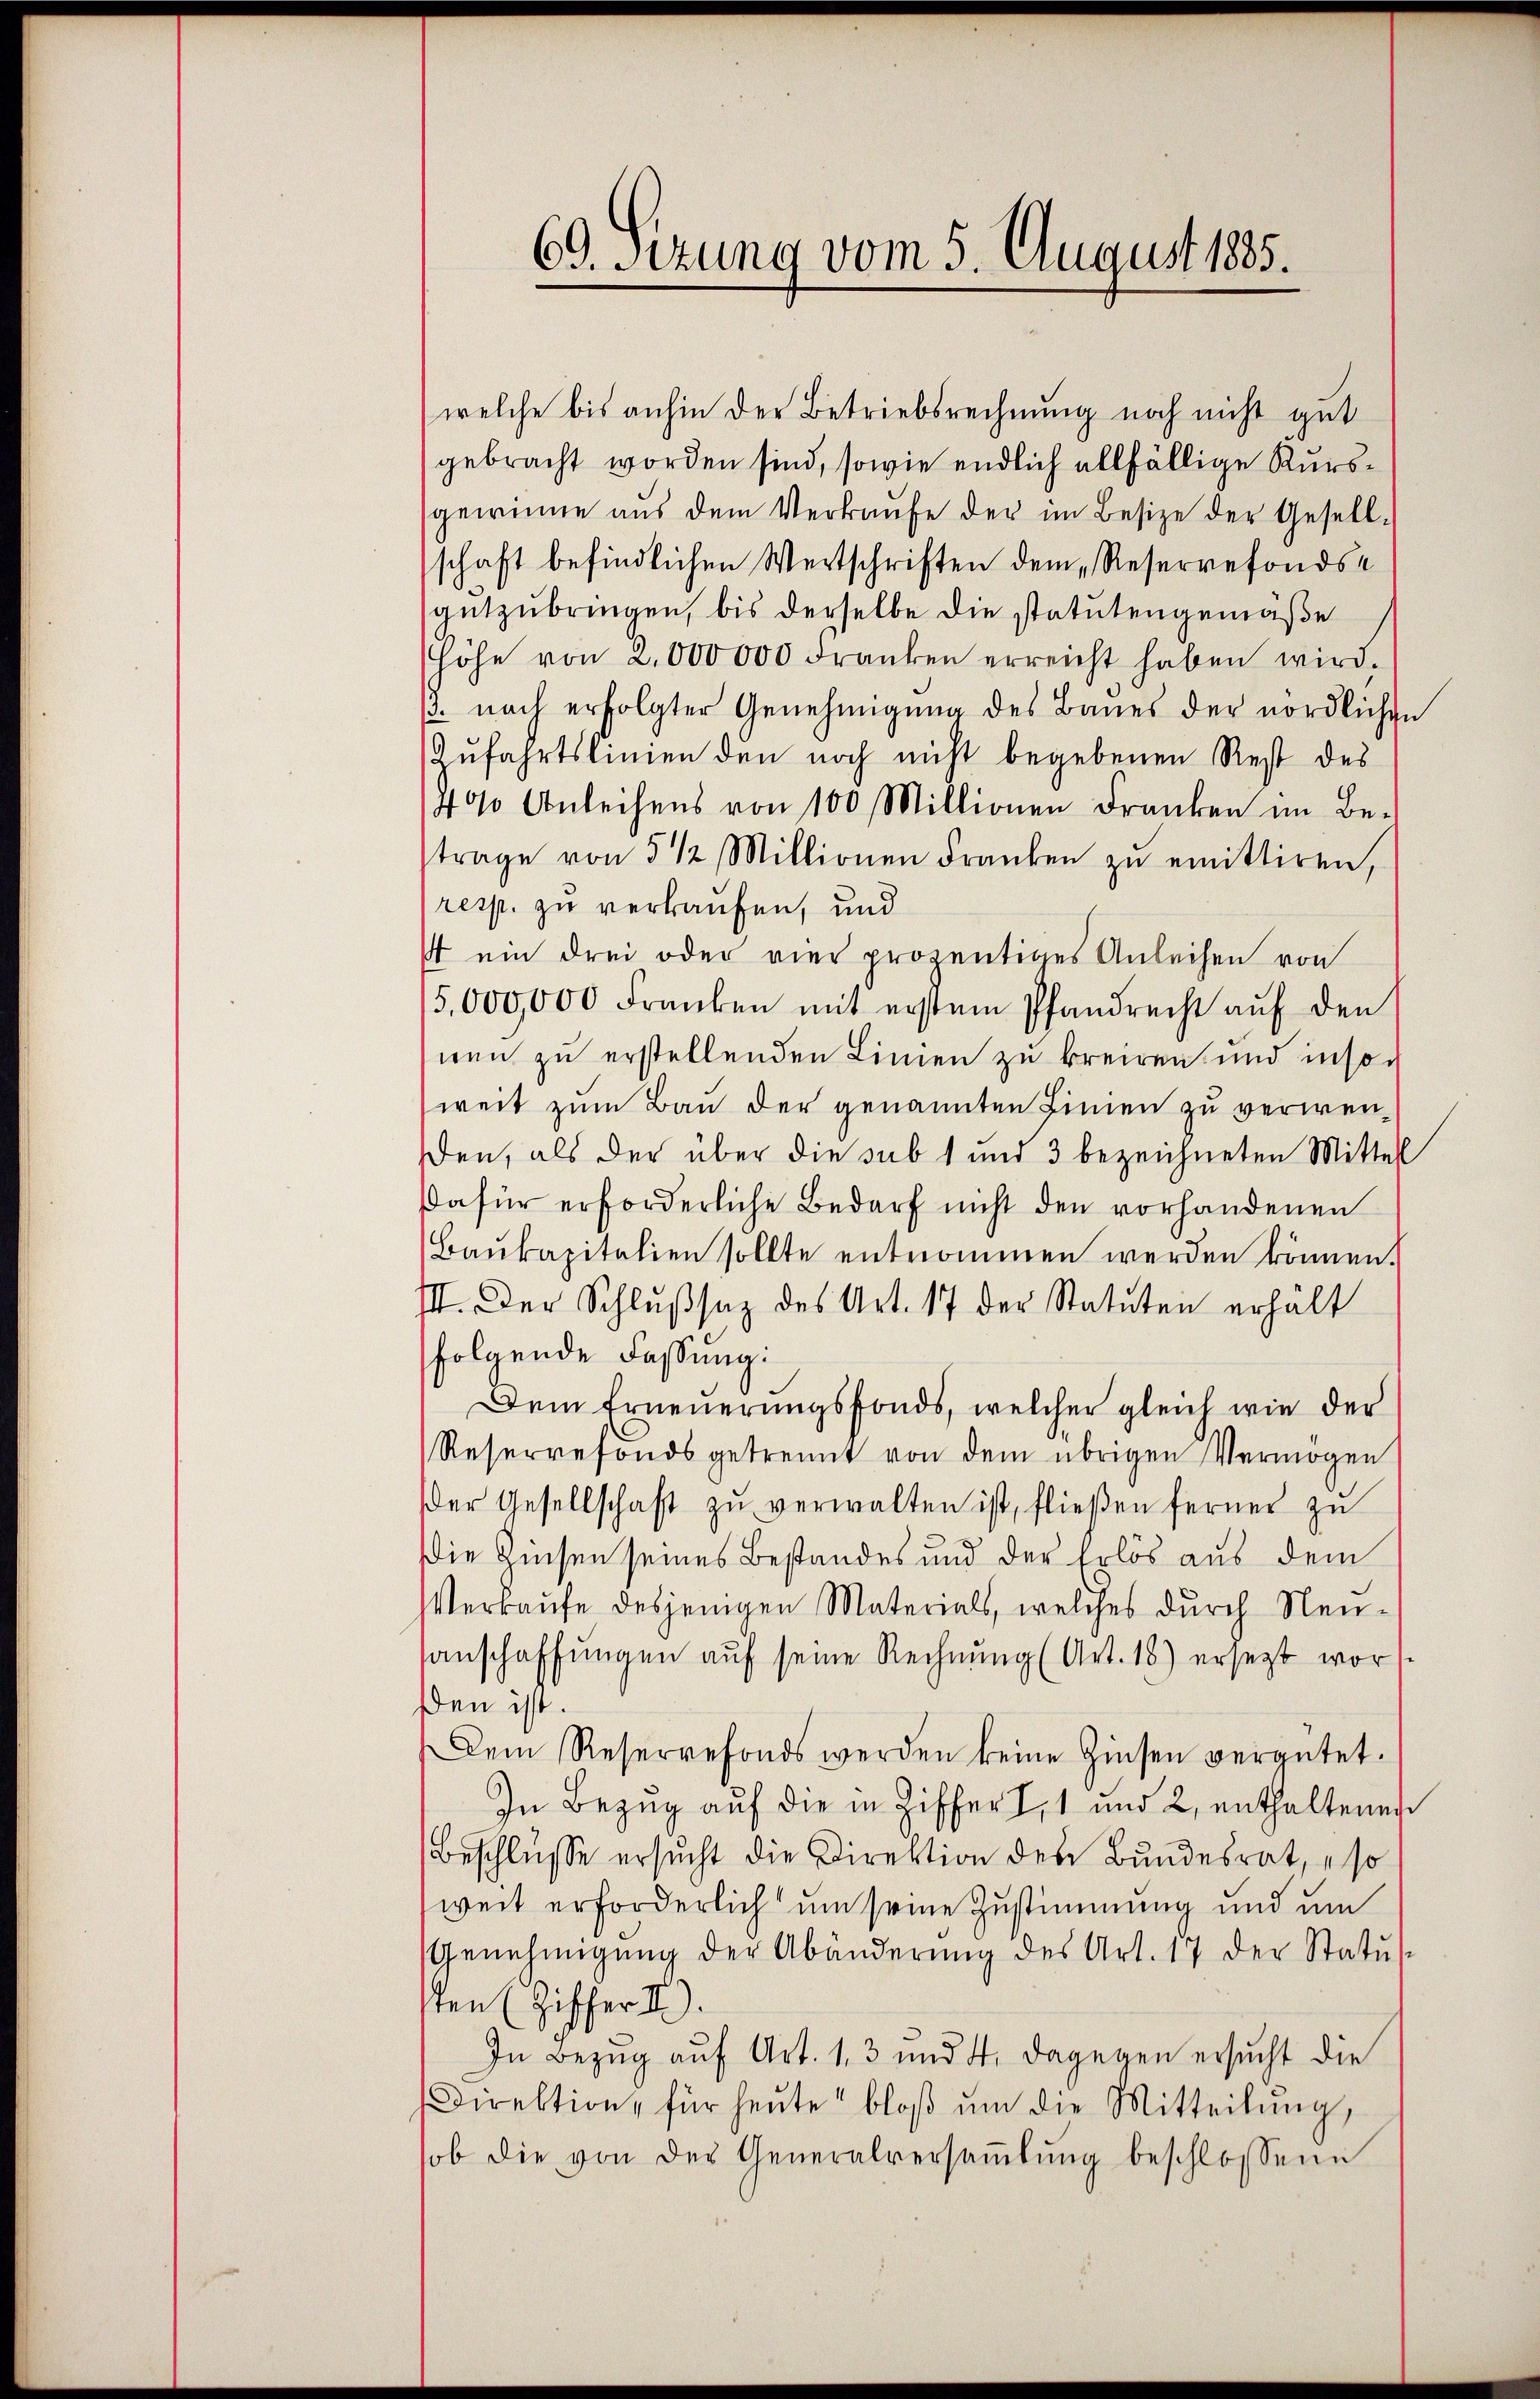
69. Sizung vom 5. August 1885.

welche bis anhin der Betriebsrechnung noch nicht gut
gebracht worden sind, sowie endlich allfällige Kursgewinne aŭs dem Verkaŭfe der im Besize der Gesell-
schaft befindlichen Wertschriften dem Reservefondsgŭtzŭbringen, bis derselbe die statutengemäße
Höhe von 2000000 Franken erreicht haben wird.
/3. nach erfolgter Genehmigung des Baues der nördlichen
Zufahrtslinien den noch nicht begebenen Rest des
400 Anleihens von 100 Millionen Franken im Be-
trage von 5 1/2 Millionen Franken zŭ emittiren,
resp. zu verkaufen, und
st ein drei oder vier proientiges Anleihen von
5,000,000 Franken mit erstem Pfandrecht auf den
nen zu erstellenden Linien zu breiren und insoweit zum Bau der genannten Linien zu verwenden, als der über die sub 1 und 3 bezeichneten Mittel
Dafür erforderliche Bedarf nicht den vorhandenen
Baukapitalien sollte entnommen werden können.
III. Der Schlŭβsaz des Art. 17 der Statuten erhält
folgende Fassung:
Dem Erneŭerŭngsfonds, welcher gleich wie der
Reservefonds getrennt von dem übrigen Vermögen
der Gesellschaft zŭ verwalten ist, flieβen ferner zŭ
Die Zinsen seines Bestandes und der Erlös aus dem
Verkaŭfe desjenigen Materials, welches durch Neu-
anschaffungen auf seine Rechnung (Art. 18) ersetzt worden ist.
Dem Reservefonds werden keine Zinsen vergütet.
In Bezug auf die in Ziffer I 1 und 2, enthaltenen
Beschlüsse ersŭcht die Direktion des Bundesrat, so
weit erforderlich um seine Zustimmung und um
Genehmigŭng der Abänderŭng des Art. 17 der Statŭs-
sten (Ziffer 2).
In Bezug auf Art. 13 und 4. dagegen ersucht die
Direktion für heŭte bloβ ŭm die Mitteilŭng,
sob die von der Generalversaṁlŭng beschlossene